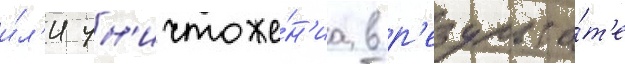
и́л'и ун'ичтоже́н'иа в р'езульта́т'е